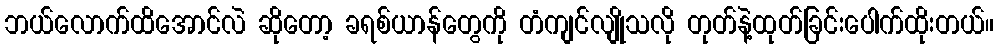
ဘယ်လောက်ထိအောင်လဲ ဆိုတော့ ခရစ်ယာန်တွေကို တံကျင်လျိုသလို တုတ်နဲ့ထုတ်ခြင်းပေါက်ထိုးတယ်။